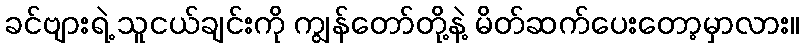
ခင်ဗျားရဲ့ သူငယ်ချင်းကို ကျွန်တော်တို့နဲ့ မိတ်ဆက်ပေးတော့မှာလား။